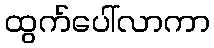
ထွက်ပေါ်လာကာ